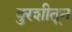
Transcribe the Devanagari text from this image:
बुरशीतून